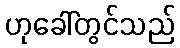
ဟုခေါ်တွင်သည်